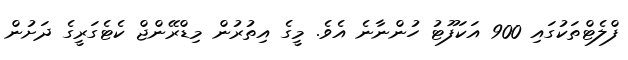
ފްލެޓްތަކުގައި 900 އަކަފޫޓު ހުންނާނެ އެވެ. މީގެ އިތުރުން މިޑްރޭންޖް ކެޓެގަރީގެ ދަށުން